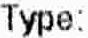
TYPE: